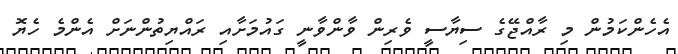
އެހެންކަމުން މި ރާއްޖޭގެ ސިޔާސީ ވެރިން ވާންވާނީ ގައުމަށާއި ރައްޔިތުންނަށް އެންމެ ހެޔޮ